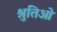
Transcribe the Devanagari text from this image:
श्रुतिओं